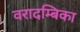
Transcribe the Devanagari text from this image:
वरादम्बिका